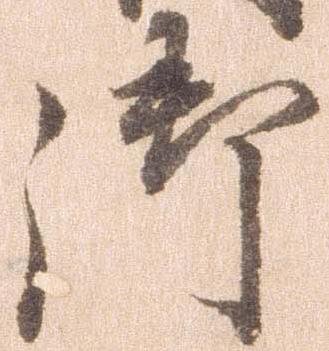
御